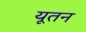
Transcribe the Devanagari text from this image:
यूतन